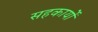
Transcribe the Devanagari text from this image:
सहकार्यों